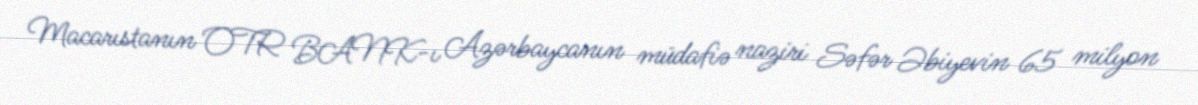
Macarıstanın OTR BANK-ı Azərbaycanın müdafiə naziri Səfər Əbiyevin 65 milyon